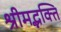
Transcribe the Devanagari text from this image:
श्रीमद्भक्ति